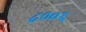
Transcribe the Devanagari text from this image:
८००६